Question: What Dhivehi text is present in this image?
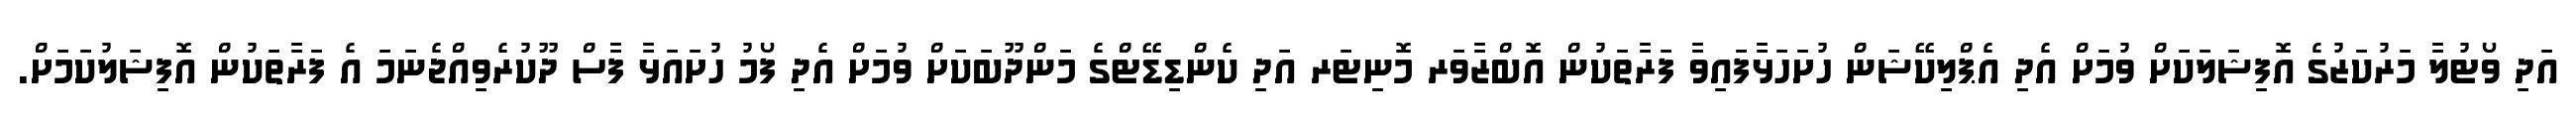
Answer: އަދި ވޯޓުލާ މަރުކަޒުގެ އޮފިޝަލަކަށް ވުމަށް އެދި އެޕްލިކޭޝަން ހުށަހަޅާފައިވާ ފަރާތަކުން އޮބްޒާވަރ މޮނިޓަރ އަދި ކެންޑިޑޭޓްގެ މަންދޫބަކަށް ވުމަށް އެދި ފޯމު ހުށައަޅާ ފާސް ދޫކުރެވިއްޖެނަމަ އެ ފަރާތަކުން އޮފިޝަލުކަމަށް.